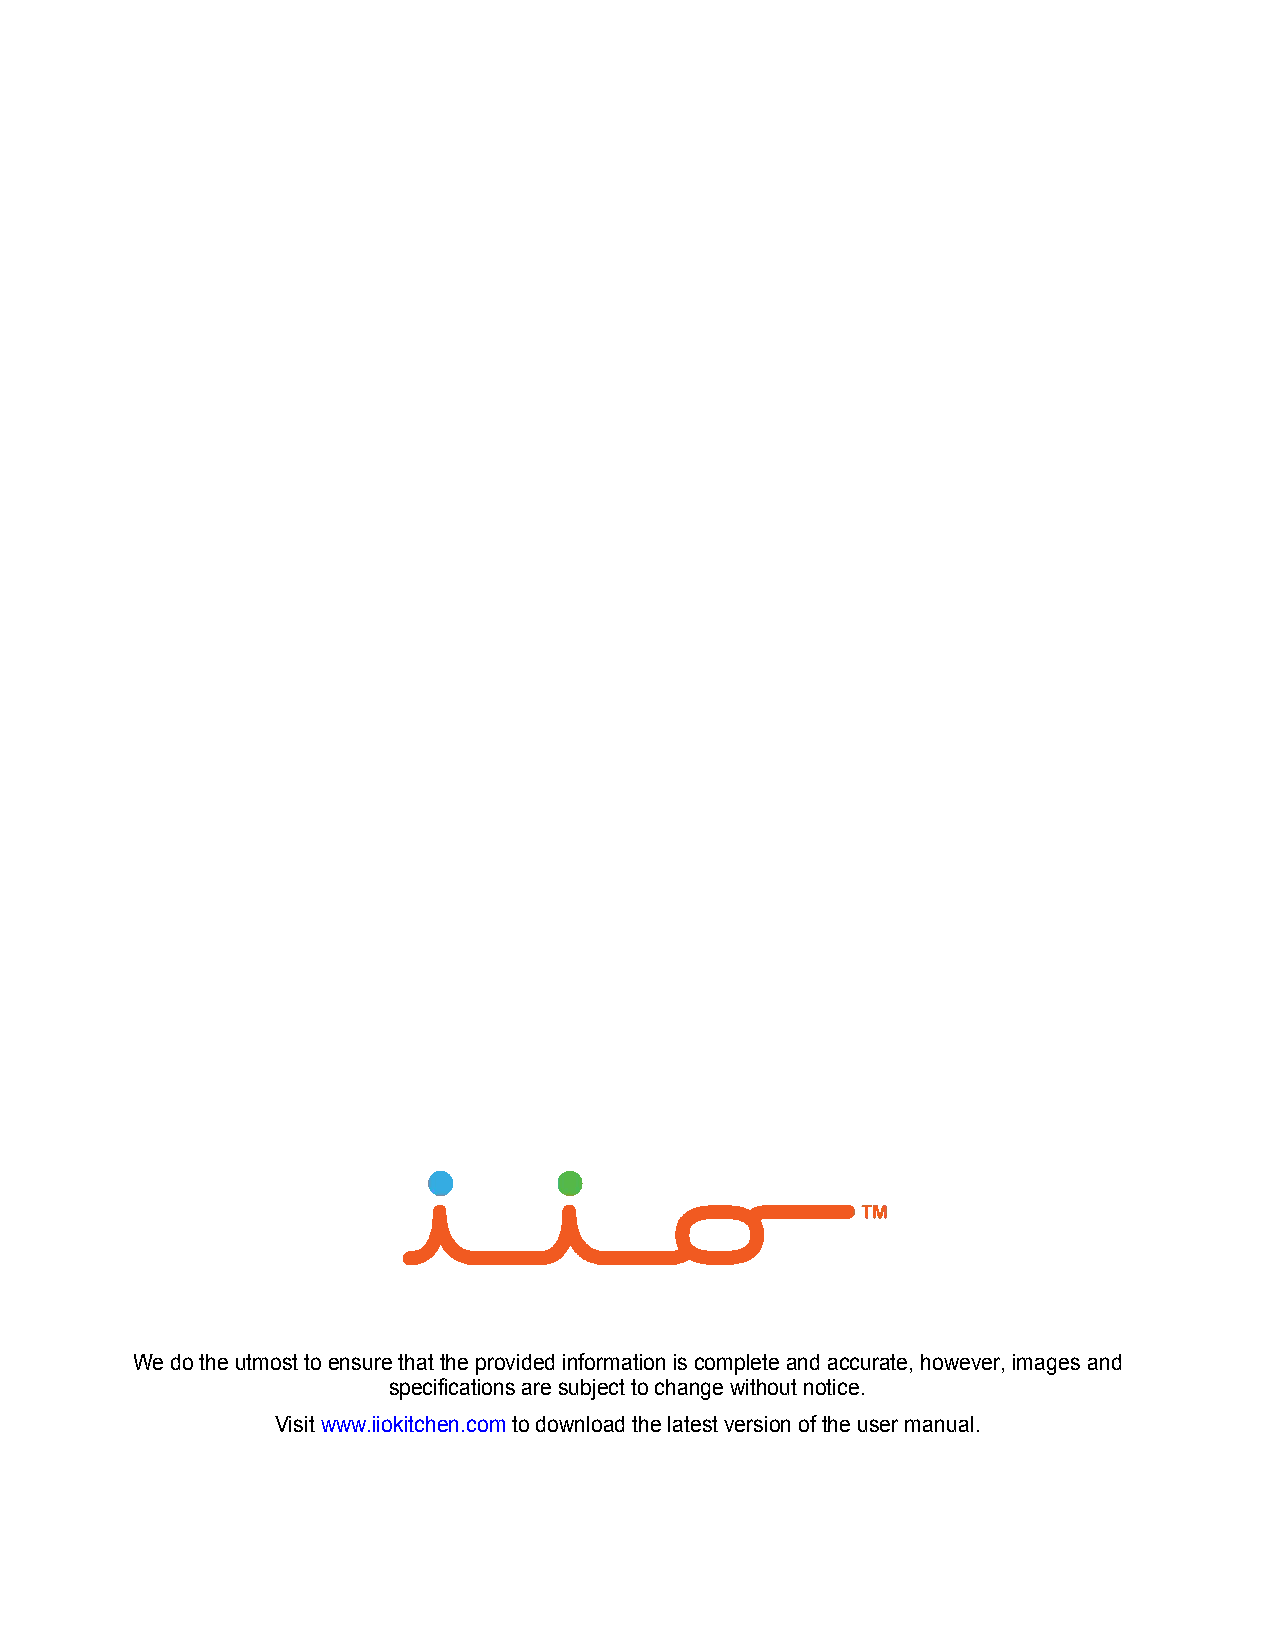
We do the utmost to ensure that the provided information is complete and accurate, however, images and
 specifications are subject to change without notice.
 Visit www.iiokitchen.com to download the latest version of the user manual.